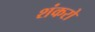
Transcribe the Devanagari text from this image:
शंकरो